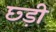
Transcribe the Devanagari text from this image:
छ्ड़ी